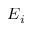
E _ { i }